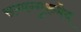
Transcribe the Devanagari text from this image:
सम्यग्गुरुमेव